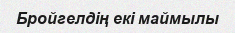
Бройгелдің екі маймылы